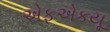
એફએકયૂ